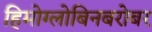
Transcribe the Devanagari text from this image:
हिमोग्लोबिनबरोबर